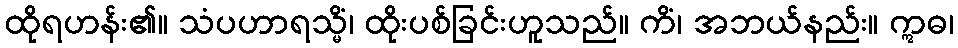
ထိုရဟန်း၏။ သံပဟာရသ္မိံ၊ ထိုးပစ်ခြင်းဟူသည်။ ကိံ၊ အဘယ်နည်း။ ဣဓ၊